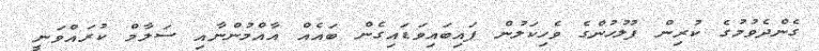
ގެންދެވުމުގެ ކުރިން ފުލުހުންގެ ވެހިކަލުން ފައިބައިވަޑައިގެން ބައެއް އާއްމުންނާއި ސަލާމް ކުރައްވަނީ